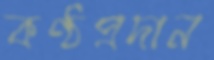
কণ্ঠপ্রদান